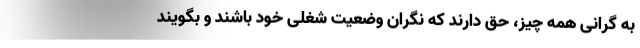
به گرانی‌ همه چیز، حق دارند که نگران وضعیت شغلی خود باشند و بگویند